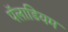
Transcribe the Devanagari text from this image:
पॅलाडियम